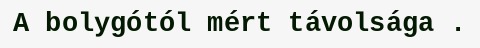
A bolygótól mért távolsága .